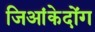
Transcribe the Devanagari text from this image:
जिआंकेदोंग